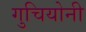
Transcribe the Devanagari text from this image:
गुचियोनी